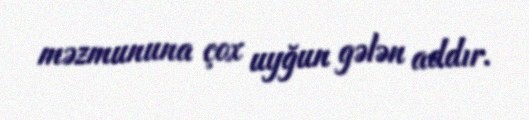
məzmununa çox uyğun gələn addır.